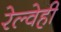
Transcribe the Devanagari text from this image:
रेल्वेही